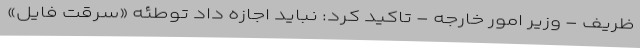
ظریف - وزیر امور خارجه - تاکید کرد: نباید اجازه داد توطئه «سرقتِ فایل»